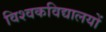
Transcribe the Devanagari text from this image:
विश्वकविद्यालयों